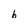
Character: b